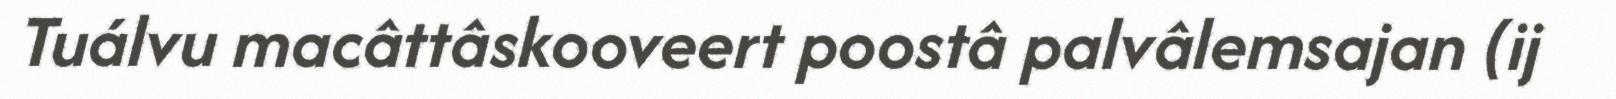
Tuálvu macâttâskooveert poostâ palvâlemsajan (ij